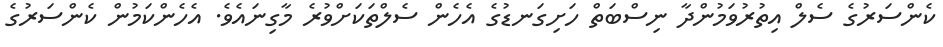
ކެންސަރުގެ ސެލް އިތުރުވަމުންދާ ނިސްބަތް ހަށިގަނޑުގެ އެހެން ސެލްތަކަށްވުރެ މާގިނައެވެ. އެހެންކަމުން ކެންސަރުގެ